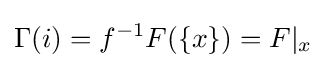
\Gamma (i)=f^{-1}F(\{x\})=F|_{x}